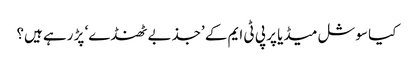
کیا سوشل میڈیا پر پی ٹی ایم کے ’جذبے ٹھنڈے‘ پڑ رہے ہیں؟